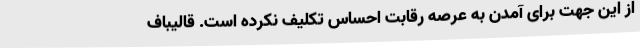
از این جهت برای آمدن به عرصه رقابت احساس تکلیف نکرده است. قالیباف